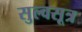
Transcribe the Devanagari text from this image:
सुल्वसूत्र